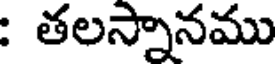
: తలస్నానము